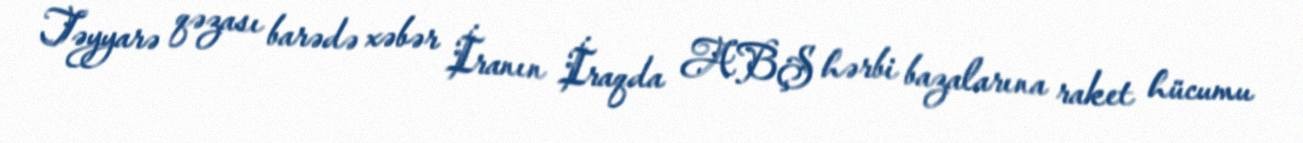
Təyyarə qəzası barədə xəbər İranın İraqda ABŞ hərbi bazalarına raket hücumu